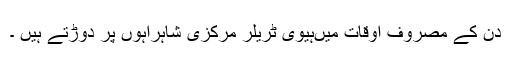
دن کے مصروف اوقات میںہیوی ٹریلر مرکزی شاہراہوں پر دوڑتے ہیں ۔